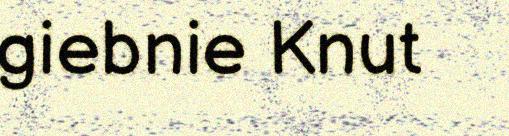
giebnie Knut